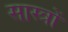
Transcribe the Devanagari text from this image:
सास्त्रों